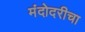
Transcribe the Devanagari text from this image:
मंदोदरीचा